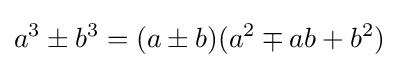
a^{3}\pm b^{3}=(a\pm b)(a^{2}\mp ab+b^{2})